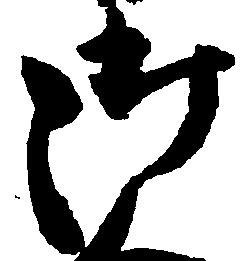
御